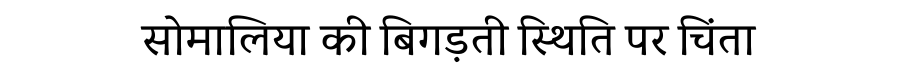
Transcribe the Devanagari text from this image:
सोमालिया की बिगड़ती स्थिति पर चिंता